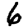
Digit: 6